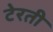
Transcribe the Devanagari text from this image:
टेरती